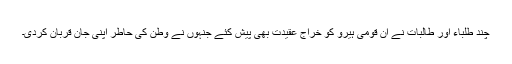
چند طلباء اور طالبات نے ان قومی ہیرو کو خراج عقیدت بھی پیش کئے جنہوں نے وطن کی حاطر اپنی جان قربان کردی۔